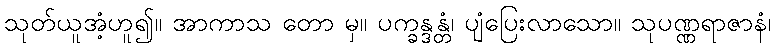
သုတ်ယူအံ့ဟူ၍။ အာကာသ တော မှ။ ပက္ခန္ဒန္တံ၊ ပျံပြေးလာသော။ သုပဏ္ဏရာဇာနံ၊